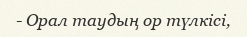
- Орал таудың ор түлкісі,